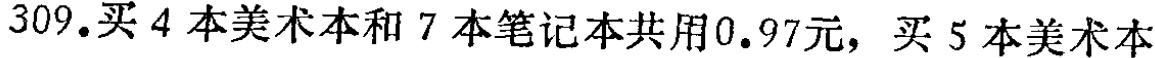
309.买 4 本美术本和 7 本笔记本共用0.97元，买 5 本美术本